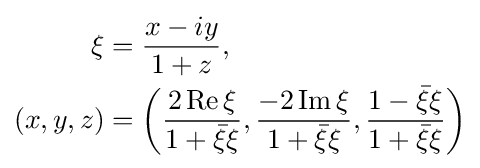
{\begin{aligned}\xi &={\frac {x-iy}{1+z}},\\(x,y,z)&=\left({\frac {2\operatorname {Re} \xi }{1+{\bar {\xi }}\xi }},{\frac {-2\operatorname {Im} \xi }{1+{\bar {\xi }}\xi }},{\frac {1-{\bar {\xi }}\xi }{1+{\bar {\xi }}\xi }}\right)\end{aligned}}